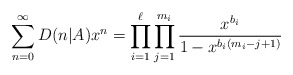
\begin{align*}\sum_{n=0}^{\infty} D(n\lvert A)x^n=\prod_{i=1}^{\ell} \prod_{j = 1}^{m_i} \frac{x^{b_i}}{1-x^{b_i(m_i - j +1)}}\end{align*}